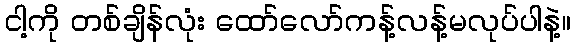
ငါ့ကို တစ်ချိန်လုံး ထော်လော်ကန့်လန့်မလုပ်ပါနဲ့။